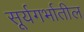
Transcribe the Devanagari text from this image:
सूर्यगर्भातील